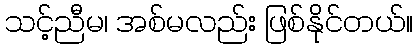
သင့်ညီမ၊ အစ်မလည်း ဖြစ်နိုင်တယ်။